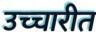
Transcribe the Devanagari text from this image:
उच्चारीत